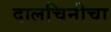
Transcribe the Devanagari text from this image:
दालचिनीचा